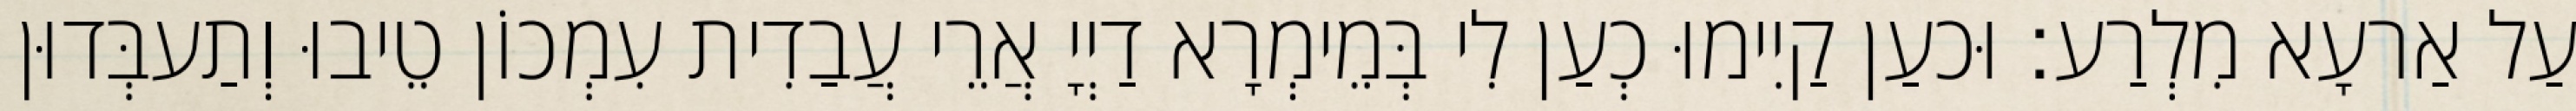
עַל אַרעָא מִלְרַע׃ וּכעַן קַיִימוּ כְעַן לִי בְּמֵימְרָא דַיְיָ אֲרֵי עֲבַדִית עִמְכוֹן טֵיבוּ וְתַעבְּדוּן